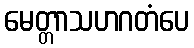
မေတ္တာသဟဂတံပေ